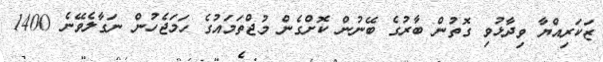
ޒަކަރިއްޔާ ވިދާޅުވި ގޮތުން ބާރުގެ ބޭނުން ކޮށްގެން މުޖްތަމައުގެ ހަމަޖެހުން ނަގާލެވޭނެ 1400